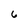
Character: 6